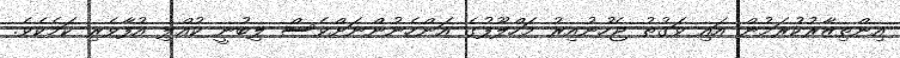
އިންތިޒާރުކުރަމުން އައި ވަގުތު ޖެހުނުއިރު މަހްލޫފުގެ އަންހެނުންނަށްވެސް ލިބުނީ ކުއްލި އުފާވެރި ކަމެކެވެ.